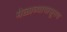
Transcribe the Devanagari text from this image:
मेळाव्यापासूनच